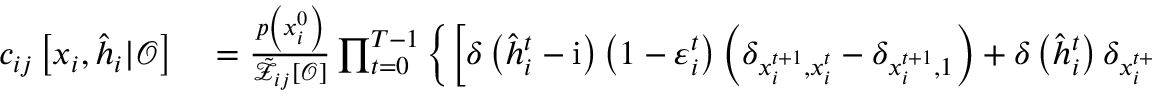
\begin{array} { r l } { c _ { i j } \left[ \boldsymbol { x } _ { i } , \hat { \boldsymbol { h } } _ { i } | \boldsymbol { \mathcal { O } } \right] } & { { } = \frac { p \left( x _ { i } ^ { 0 } \right) } { \tilde { \mathcal { Z } } _ { i j } [ \boldsymbol { \mathcal { O } } ] } \prod _ { t = 0 } ^ { T - 1 } \left\{ \left[ \delta \left( \hat { h } _ { i } ^ { t } - \mathrm { i } \right) \left( 1 - \varepsilon _ { i } ^ { t } \right) \left( \delta _ { x _ { i } ^ { t + 1 } , x _ { i } ^ { t } } - \delta _ { x _ { i } ^ { t + 1 } , 1 } \right) + \delta \left( \hat { h } _ { i } ^ { t } \right) \delta _ { x _ { i } ^ { t + 1 } , 1 } \right] p \left( { O } _ { i } ^ { t } | x _ { i } ^ { t } \right) \right\} p \left( { O } _ { i } ^ { T } \mid x _ { i } ^ { T } \right) } \end{array}